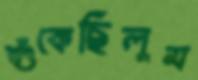
শুঁকেছিলুম